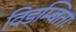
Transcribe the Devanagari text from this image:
विडम्बिताः